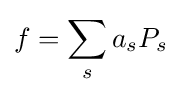
f=\sum _{s}a_{s}P_{s}